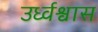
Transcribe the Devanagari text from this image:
उर्ध्वश्वास